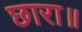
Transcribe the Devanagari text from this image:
छारा॥